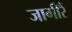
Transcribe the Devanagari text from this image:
जागीरैं